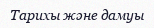
Тарихы және дамуы